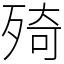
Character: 㱦